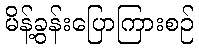
မိန့်ခွန်းပြောကြားစဉ်